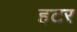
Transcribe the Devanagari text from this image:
हटर